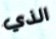
الذي